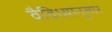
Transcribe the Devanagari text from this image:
वैविध्यानुसार